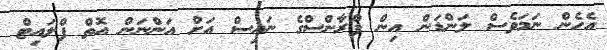
އެހެން ނަމަވެސް ލަންޑަން އިން ފްރާންސްގެ ނައިސް އަށް އަންނަން އޮތް ފްލައިޓް